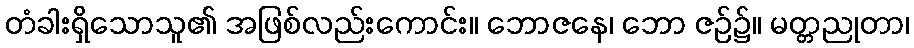
တံခါးရှိသောသူ၏ အဖြစ်လည်းကောင်း။ ဘောဇနေ၊ ဘော ဇဉ်၌။ မတ္တညုတာ၊